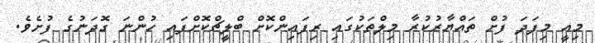
މިއީ މިފަދަ ފުށް ތައްޔާރުކުރާ މިލްތަކުގައި ރިފައިންކޮށް ބްލީޗްކޮށްފައި ހުންނަ ގޮދަނުގެ ފުށެވެ.